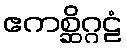
ဧကစ္ဆိဂ္ဂဠံ